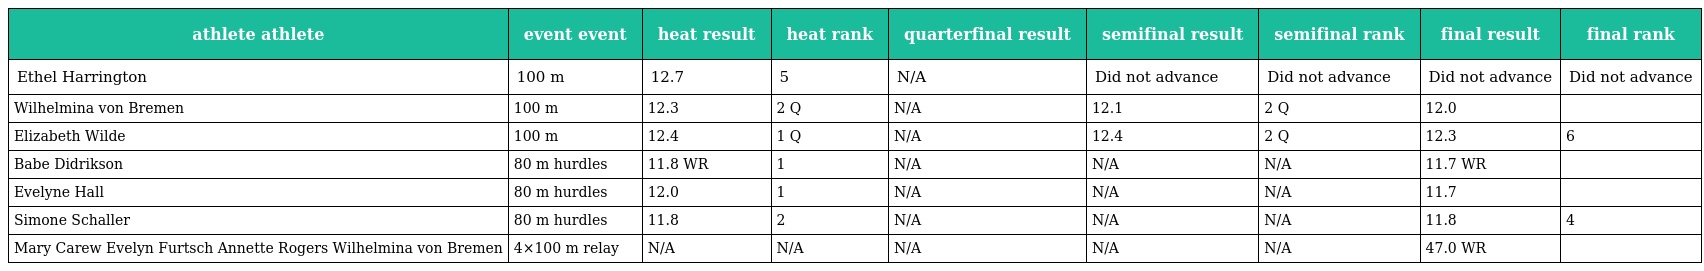
| athlete athlete | event event | heat result | heat rank | quarterfinal result | semifinal result | semifinal rank | final result | final rank |
 | --- | --- | --- | --- | --- | --- | --- | --- | --- |
 | Ethel Harrington | 100 m | 12.7 | 5 | N/A | Did not advance | Did not advance | Did not advance | Did not advance |
 | Wilhelmina von Bremen | 100 m | 12.3 | 2 Q | N/A | 12.1 | 2 Q | 12.0 |  |
 | Elizabeth Wilde | 100 m | 12.4 | 1 Q | N/A | 12.4 | 2 Q | 12.3 | 6 |
 | Babe Didrikson | 80 m hurdles | 11.8 WR | 1 | N/A | N/A | N/A | 11.7 WR |  |
 | Evelyne Hall | 80 m hurdles | 12.0 | 1 | N/A | N/A | N/A | 11.7 |  |
 | Simone Schaller | 80 m hurdles | 11.8 | 2 | N/A | N/A | N/A | 11.8 | 4 |
 | Mary Carew Evelyn Furtsch Annette Rogers Wilhelmina von Bremen | 4×100 m relay | N/A | N/A | N/A | N/A | N/A | 47.0 WR |  |